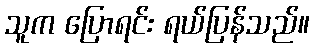
သူက ပြောရင်း ရယ်ပြန်သည်။